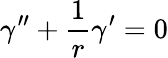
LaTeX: \gamma^{\prime\prime}+\frac{1}{r}\gamma^{\prime}=0